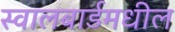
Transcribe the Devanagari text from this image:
स्वालबार्डमधील